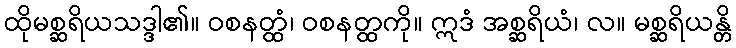
ထိုမစ္ဆရိယသဒ္ဒါ၏။ ဝစနတ္ထံ၊ ဝစနတ္ထကို။ ဣဒံ အစ္ဆရိယံ၊ လ။ မစ္ဆရိယန္တိ